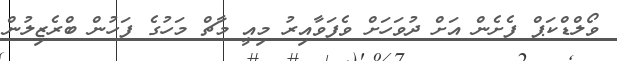
ވޯލްޑްކަޕް ފެށެން އަށް ދުވަހަށް ވެފަވާއިރު މިއީ މާޗް މަހުގެ ފަހުން ބްރެޒިލުން